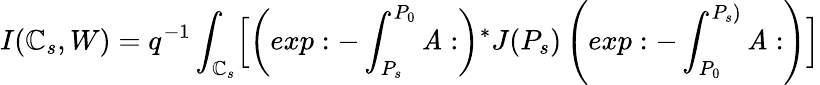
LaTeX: I(\mathbb{C}_{s},W)=q^{-1}\int_{\mathbb{C}_{s}}\Bigl[\left(exp:-\int_{P_{s}}^{P_{0}}\mathit{A}:\right){^*J}(P_{s})\left(exp:-\int_{P_{0}}^{P_{s})}\mathit{A}:\right)\Bigr]